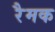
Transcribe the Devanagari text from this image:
रैमक